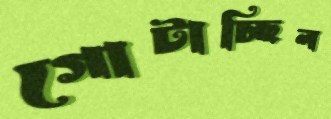
গোটাচ্ছিল